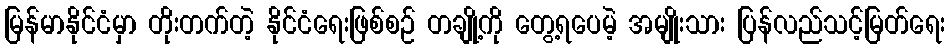
မြန်မာနိုင်ငံမှာ တိုးတက်တဲ့ နိုင်ငံရေးဖြစ်စဉ် တချို့ကို တွေ့ရပေမဲ့ အမျိုးသား ပြန်လည်သင့်မြတ်ရေး